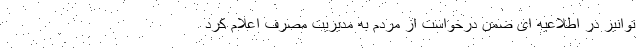
توانیر در اطلاعیه ای ضمن درخواست از مردم به مدیریت مصرف اعلام کرد